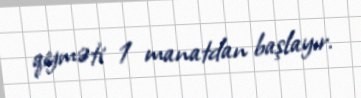
qiyməti 1 manatdan başlayır.